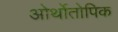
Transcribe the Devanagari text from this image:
ओर्थोतोपिक